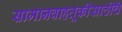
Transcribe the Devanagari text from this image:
सामानवाहतूकीसाठीचे